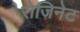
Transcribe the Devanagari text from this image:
रोजिनेट